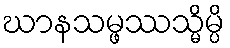
ဃာနသမ္ဖဿသ္မိမ္ပိ